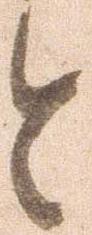
と